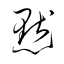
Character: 黙